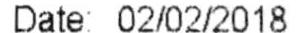
DATE: 02/02/2018